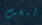
ليست